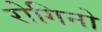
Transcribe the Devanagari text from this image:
रोगिनो